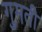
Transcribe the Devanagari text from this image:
गुमती